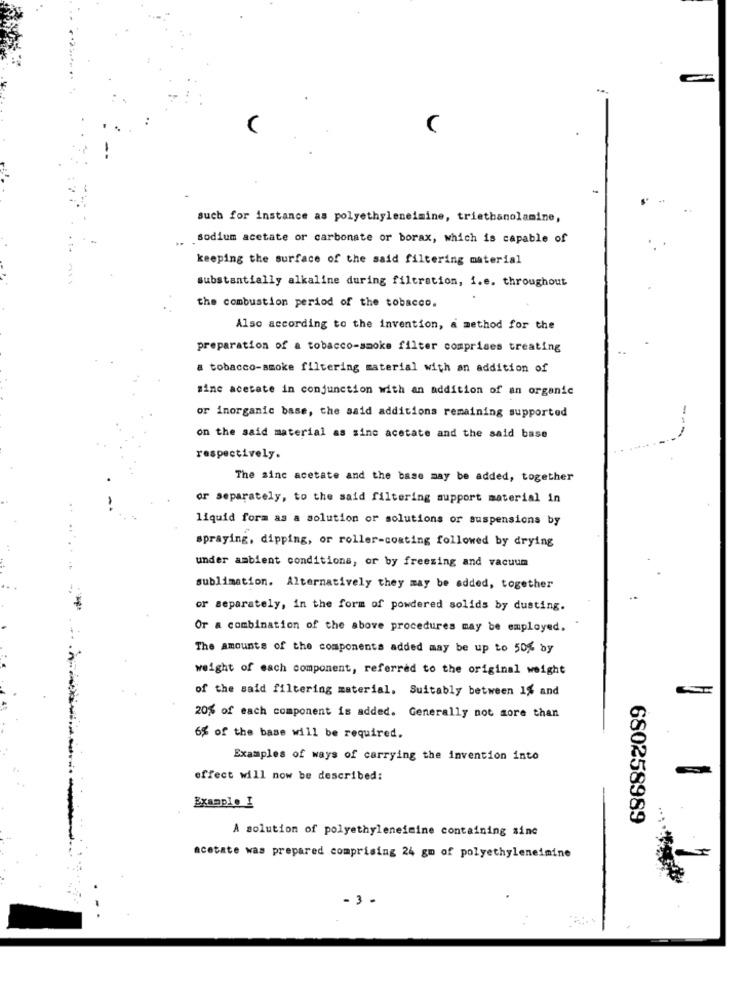
such for instance as polyethyleneimine, triethanolamine,
..
sodium acetate or carbonate or borax, which is capable of
keeping the surface of the said filtering material
substantially alkaline during filtration, i.e. throughout
the combustion period of the tobacco.
Also according to the invention, a method for the
preparation of a tobacco-smoke filter comprises treating
a tobacco-smoke filtering material with an addition of
mine acetate in conjunction with an addition of an organic
or inorganic base, the said additions remaining supported
-
on the said material as sinc acetate and the said base
respectively.
The sinc acetate and the base may be added, together
or separately, to the said filtering support material in
liquid form as a solution or solutions or suspensions by
spraying, dipping, or roller-coating followed by drying
under ambient conditions, or by freezing and vacuum
sublimation. Alternatively they may be added, together
or separately, in the form of powdered solids by dusting.
Or a combination of the above procedures may be employed.
The amounts of the components added may be up to 50% by
weight of each component, referred to the original weight
of the said filtering material. Suitably between 1% and
20% of each component is added. Generally not more than
6% of the base will be required.
Examples of ways of carrying the invention into
effect will now be described:
Example I
680258989
A solution of polyethyleneimine containing sine
acetate was prepared comprising 24 gm of polyethyleneimine
- 3 -